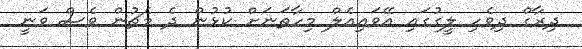
ދިރާގް ދިވެހި ލީގުގައި އޭވައިއެލް މިހާތަނަށް ކުޅުން ދެ މެޗުން ވެސް ވަނީ